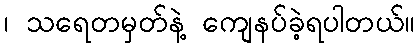
၊ သရေတမှတ်နဲ့ ကျေနပ်ခဲ့ရပါတယ်။